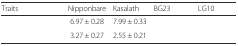
<table><thead><tr><td><b>Traits</b></td><td><b>Nipponbare</b></td><td><b>Kasalath</b></td><td><b>BG23</b></td><td><b>LG10</b></td></tr></thead><tbody><tr><td>[EMPTY_CELL]</td><td>6.97 ± 0.28</td><td>7.99 ± 0.33</td><td>[EMPTY_CELL]</td><td>[EMPTY_CELL]</td></tr><tr><td>[EMPTY_CELL]</td><td>3.27 ± 0.27</td><td>2.55 ± 0.21</td><td>[EMPTY_CELL]</td><td>[EMPTY_CELL]</td></tr></tbody></table>